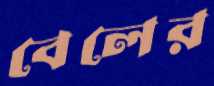
বেলের